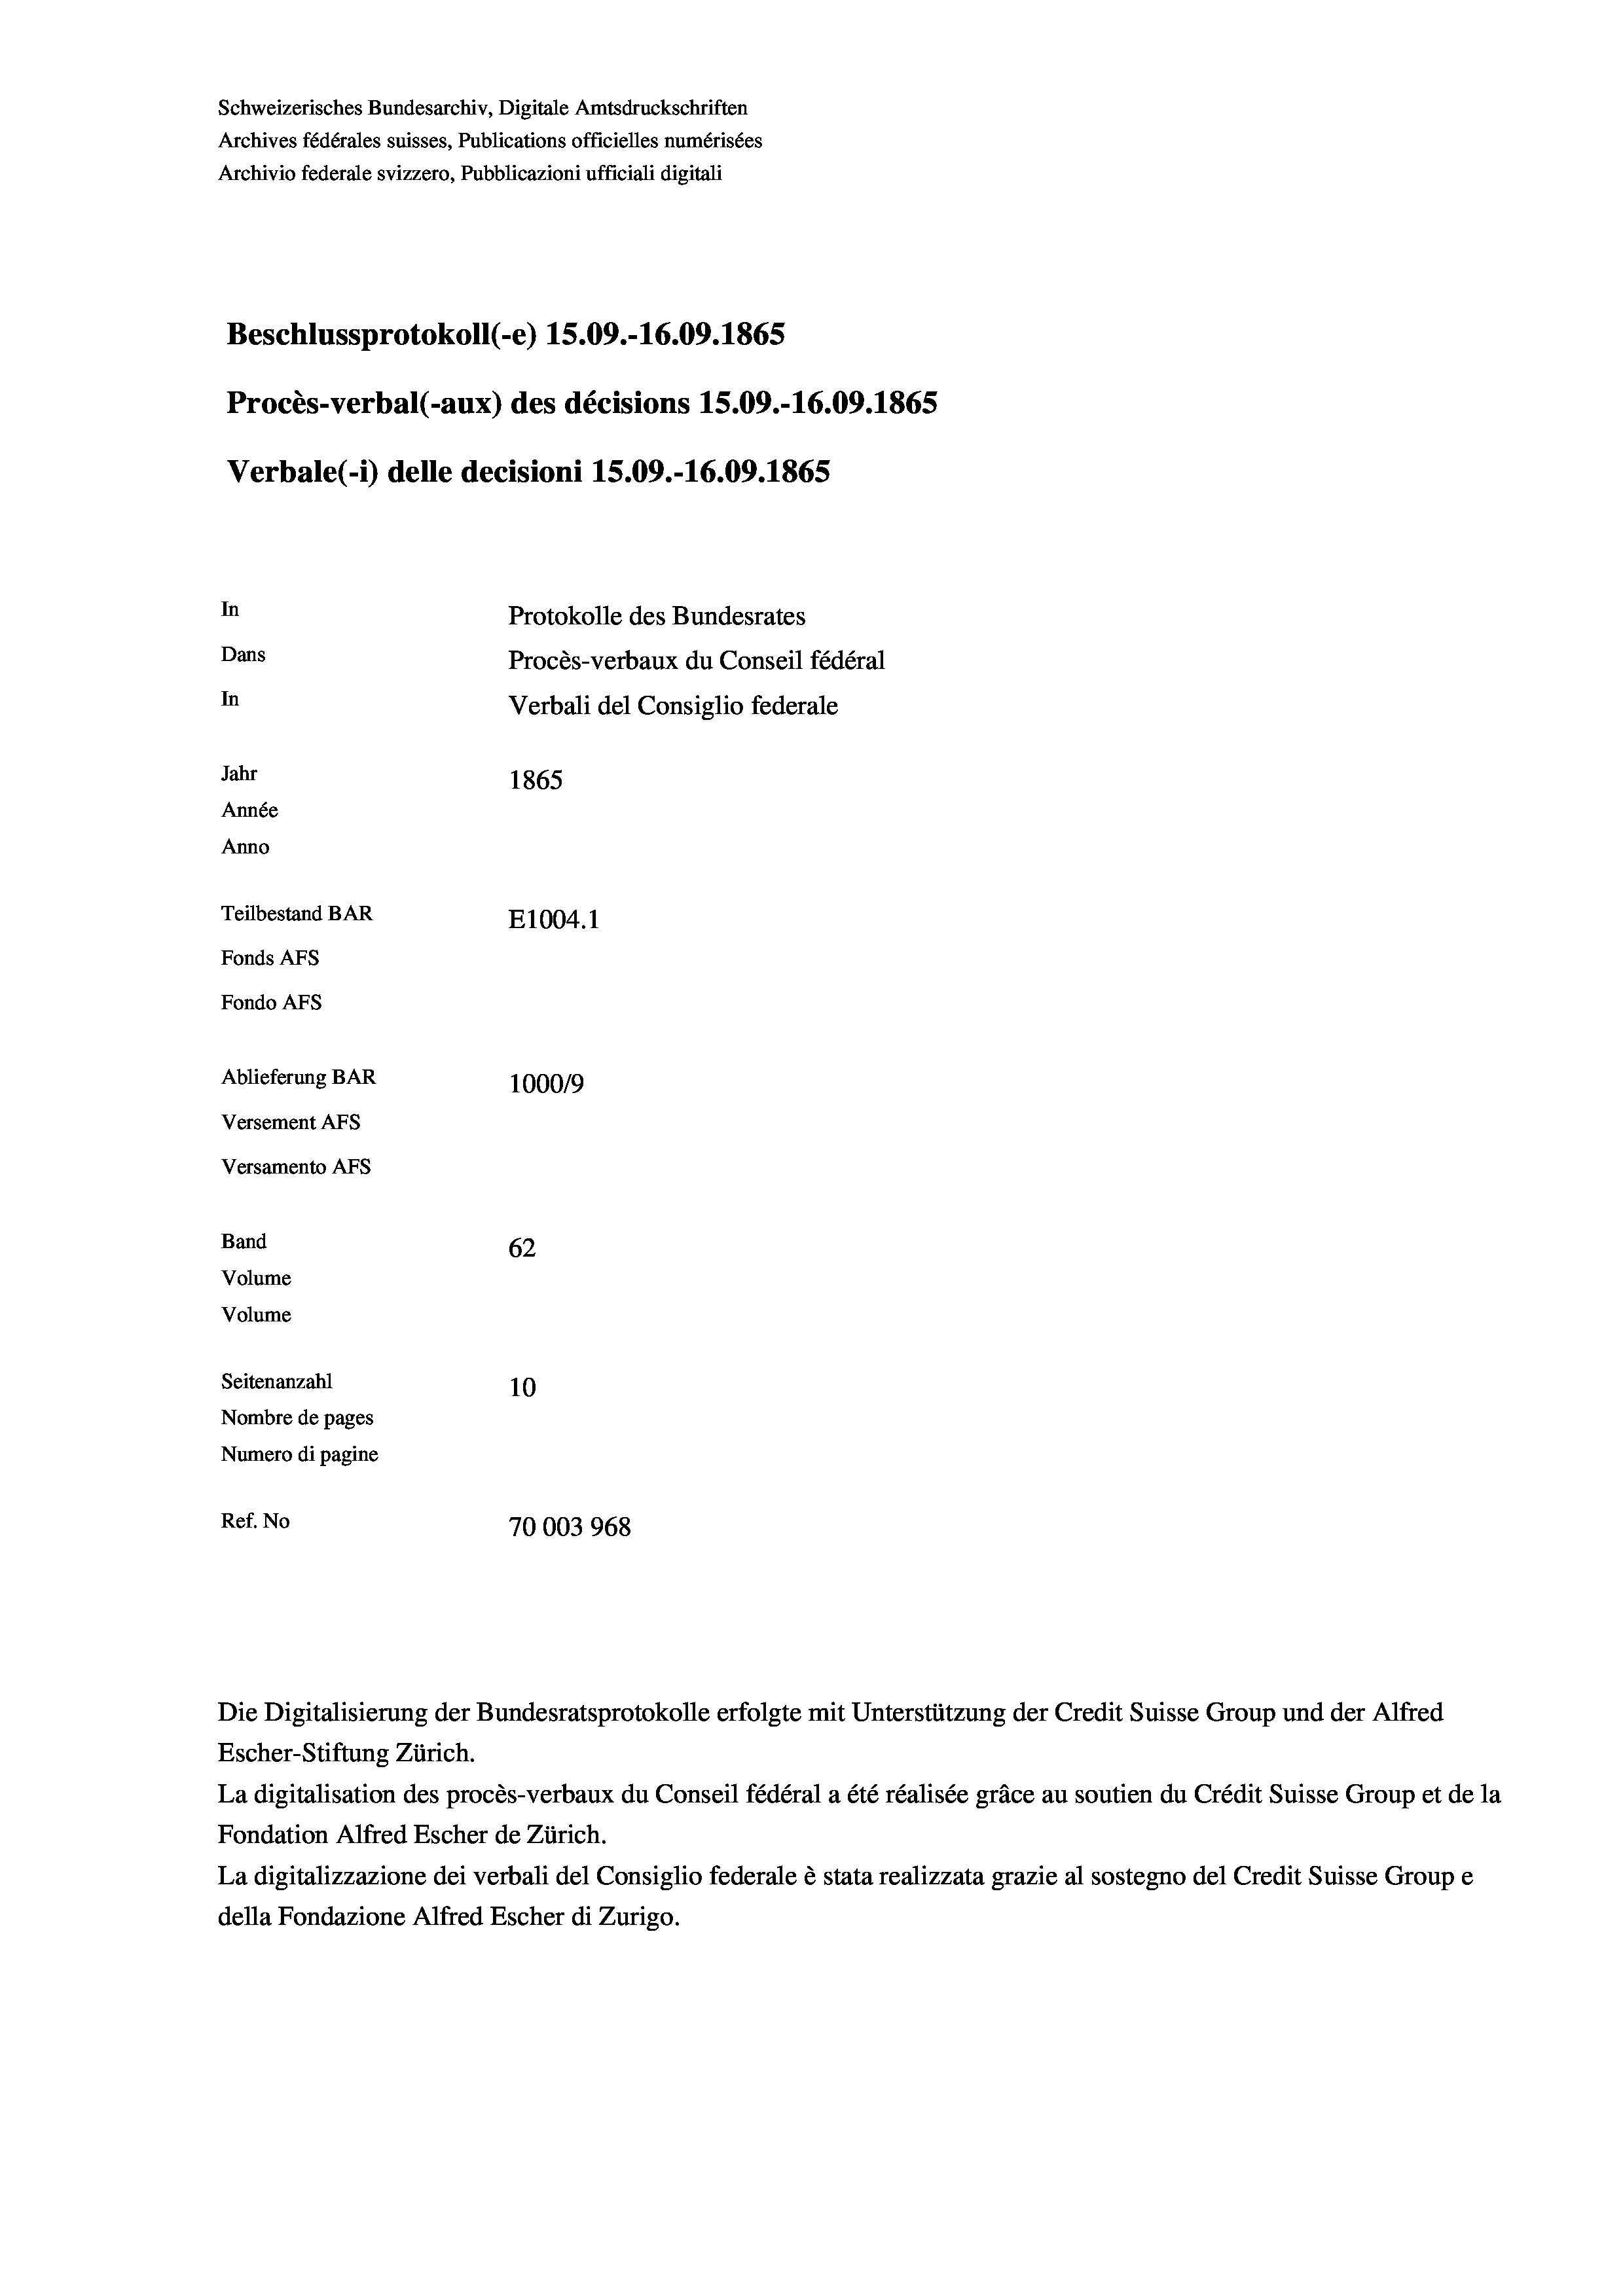
Schweizerisches Bundesarchiv, Digitale Amtsdruckschriften
Archives fédérales suisses, Publications officielles numérisées
Archivio federale svizzero, Pubblicazioni ufficiali digitali
Beschlussprotokoll (-e) 15.09.-16.09. 1865
Procès-verbal (-aux) des décisions 15.09.-16.09. 1865
Verbale(*) delle decisioni 15.09.-16.09. 1865
In
Protokolle des Bundesrates
Dans
Procès-verbaux du Conseil fédéral
In
Verbali del Consiglio federale
Jahr
1865
Année
Anno
Teilbestand BAR
E1004.1
Fonds AFs
Fondo AFS
Ablieferung BAR
100019
Versement AFs
Versamento AFs
Band
62
Volume
Volume
Seitenanzahl
10
Nombre de pages
Numero di pagine
Ref. No
70003968

Escher-Stiftung Zürich.
La digitalisation des procès-verbaux du Conseil fédéral a été réalisée gräce au soutien du Crédit Suisse Group et de la
Fondation Alfred Escher de Zürich.
La digitalizzazione dei verbali del Consiglio federale è stata realizzata grazie al sostegno del Credit Suisse Groupe
della Fondazione Alfred Escher di Zurigo.

Die Digitalisierung der Bundesratsprotokolle erfolgte mit Unterstützung der Credit Suisse Group und der Alfred